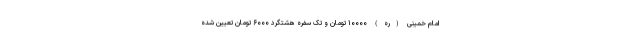
امام خمینی (ره) ۱۰۰۰۰ تومان و تک سفره هشتگرد ۶۰۰۰ تومان تعیین شده